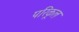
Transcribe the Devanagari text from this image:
परिकूल